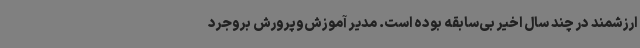
ارزشمند در چند سال اخیر بی‌سابقه بوده است. مدیر آموزش‌وپرورش بروجرد